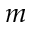
m